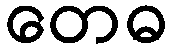
တေဓ